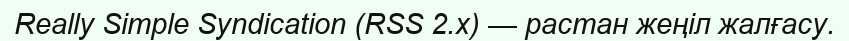
Really Simple Syndication (RSS 2.x) — растан жеңіл жалғасу.